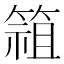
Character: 𱸓